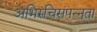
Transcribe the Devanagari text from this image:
अभिरुचिसंपन्नता